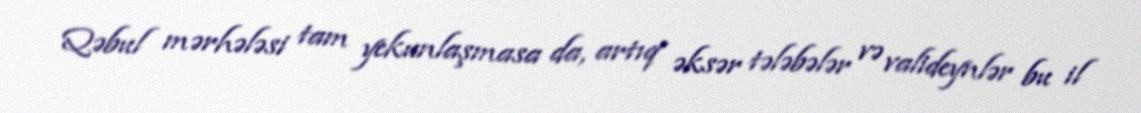
Qəbul mərhələsi tam yekunlaşmasa da, artıq əksər tələbələr və valideynlər bu il